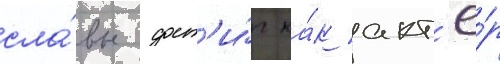
сла́вы дост'и́г ка́к акт'ё́р